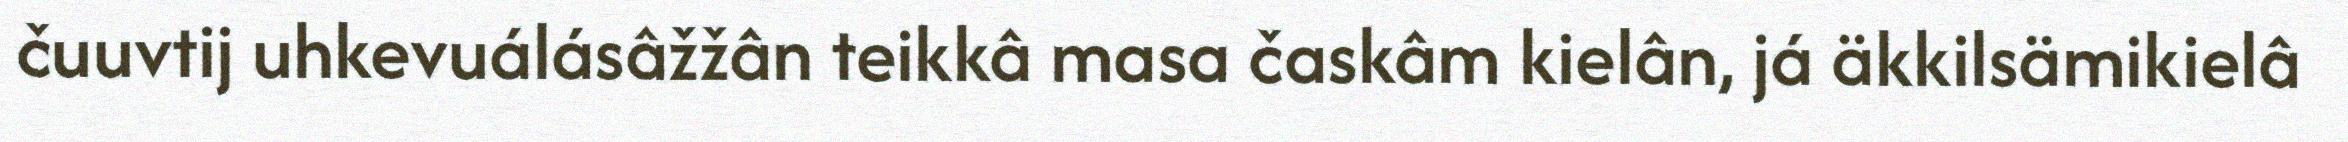
čuuvtij uhkevuálásâžžân teikkâ masa časkâm kielân, já äkkilsämikielâ